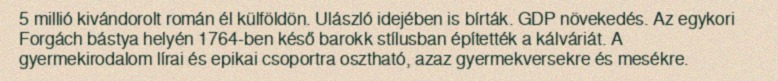
5 millió kivándorolt román él külföldön. Ulászló idejében is bírták. GDP növekedés. Az egykori Forgách bástya helyén 1764-ben késő barokk stílusban építették a kálváriát. A gyermekirodalom lírai és epikai csoportra osztható, azaz gyermekversekre és mesékre.